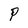
Character: P